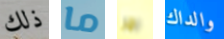
ذلك ما جرا والداك